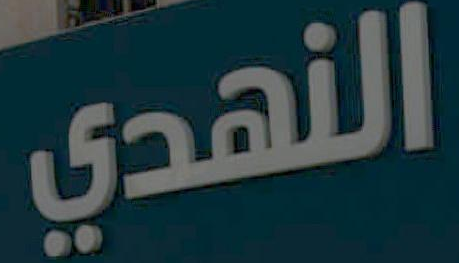
النهدي